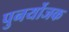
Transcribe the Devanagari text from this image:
पुनर्योजक